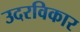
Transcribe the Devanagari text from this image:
उदरविकार